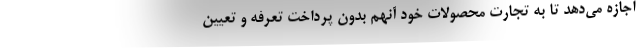
اجازه می‌دهد تا به تجارت محصولات خود آنهم بدون پرداخت تعرفه و تعیین